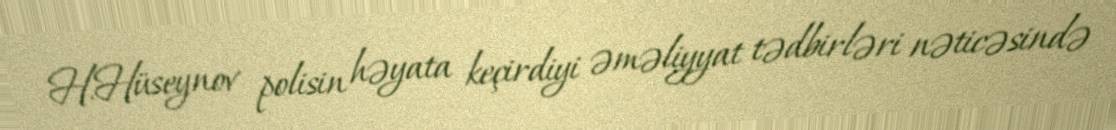
H.Hüseynov polisin həyata keçirdiyi əməliyyat tədbirləri nəticəsində